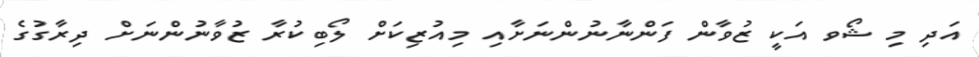
އަދި މި ޝޯވ އަކީ ޒުވާން ފަންނާނުންނަށާއި މިއުޒިކަށް ލޯބިކުރާ ޒުވާނުންނަށް ދިރާގުގެ